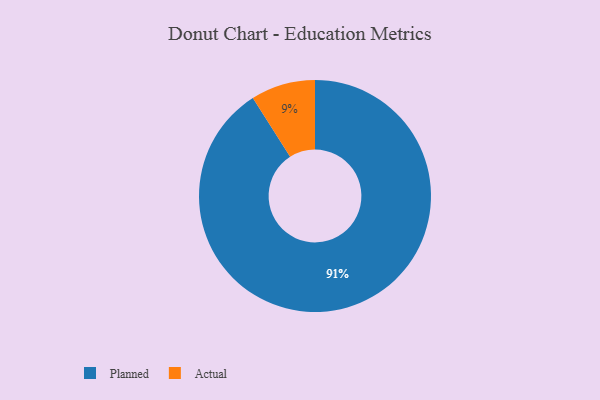
{"axis": {"x": "Category", "y": "Percentage"}, "legend": ["Actual", "Planned"], "data": [{"x": "Actual", "y": 9, "type": "Actual"}, {"x": "Planned", "y": 91, "type": "Planned"}]}